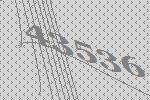
43536